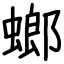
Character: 螂